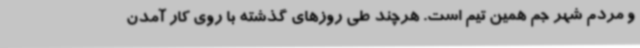
و مردم شهر جم همین تیم است. هرچند طی روزهای گذشته با روی کار آمدن